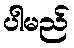
ပါမည်